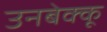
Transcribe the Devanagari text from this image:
उनबेक्कू